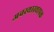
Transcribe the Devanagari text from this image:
अवस्थास्थापक